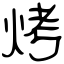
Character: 烤